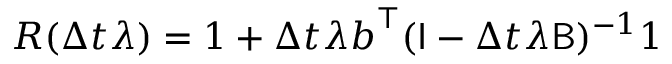
R ( \Delta t \lambda ) = 1 + \Delta t \lambda \boldsymbol { b } ^ { \top } ( \mathsf { I } - \Delta t \lambda \mathsf { B } ) ^ { - 1 } \boldsymbol { 1 }